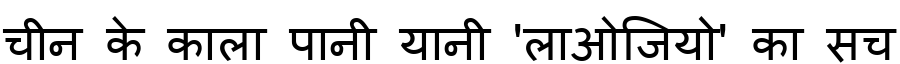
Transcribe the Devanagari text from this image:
चीन के काला पानी यानी 'लाओजियो' का सच